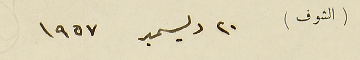
(الشوف) ٢٠ ديسمبر ١٩٥٧